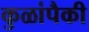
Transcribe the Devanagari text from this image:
कुळांपैकी